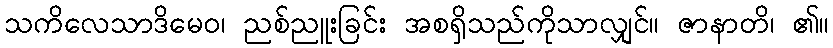
သကိလေသာဒိမေဝ၊ ညစ်ညူးခြင်း အစရှိသည်ကိုသာလျှင်။ ဇာနာတိ၊ ၏။